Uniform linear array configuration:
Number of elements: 16
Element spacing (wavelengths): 1
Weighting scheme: hann
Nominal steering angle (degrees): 15
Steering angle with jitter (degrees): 16.999
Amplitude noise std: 0.05
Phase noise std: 0.05

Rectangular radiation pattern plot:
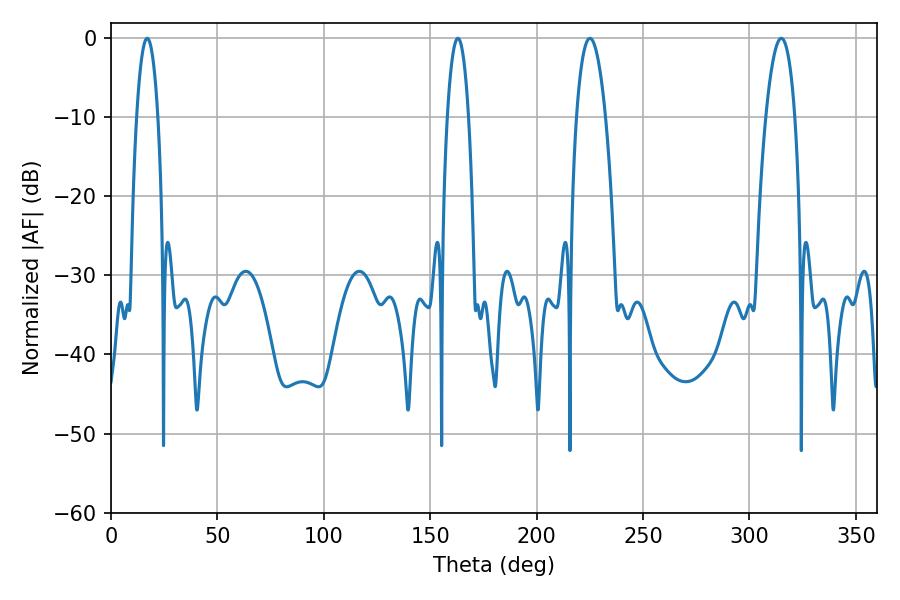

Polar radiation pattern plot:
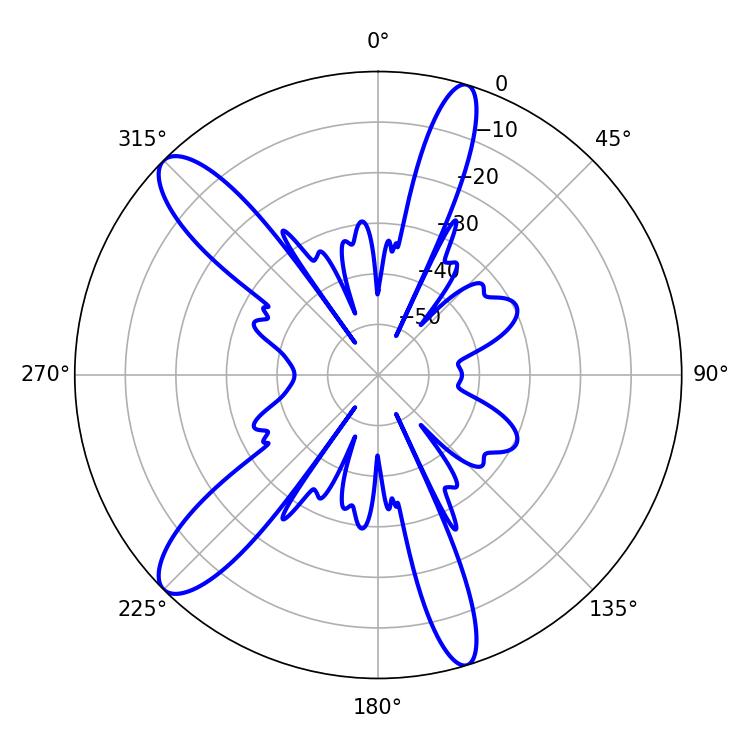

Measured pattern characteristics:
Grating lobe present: TRUE
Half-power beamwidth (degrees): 7.56
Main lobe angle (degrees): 225